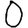
Digit: 0